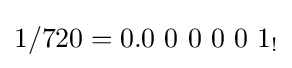
1/720=0.0\ 0\ 0\ 0\ 0\ 1_{!}